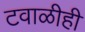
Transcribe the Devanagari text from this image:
टवाळीही